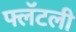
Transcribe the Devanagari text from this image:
फ्लॅटली